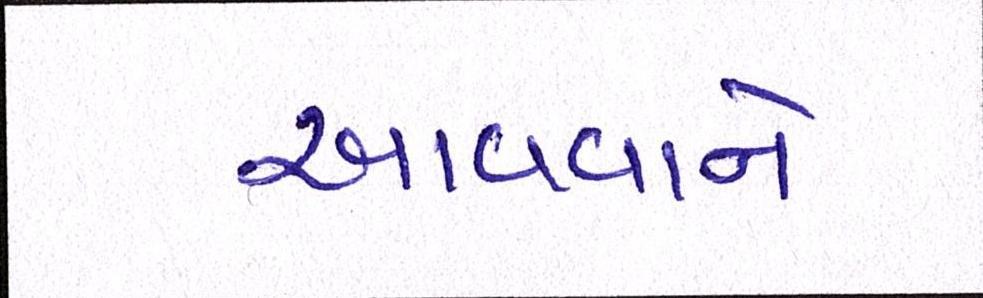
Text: આવવાને